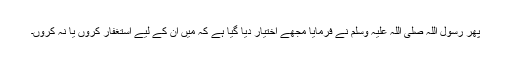
پھر رسول اللہ صلی اللہ علیہ وسلم نے فرمایا مجھے اختیار دیا گیا ہے کہ مَیں ان کے لیے استغفار کروں یا نہ کروں۔